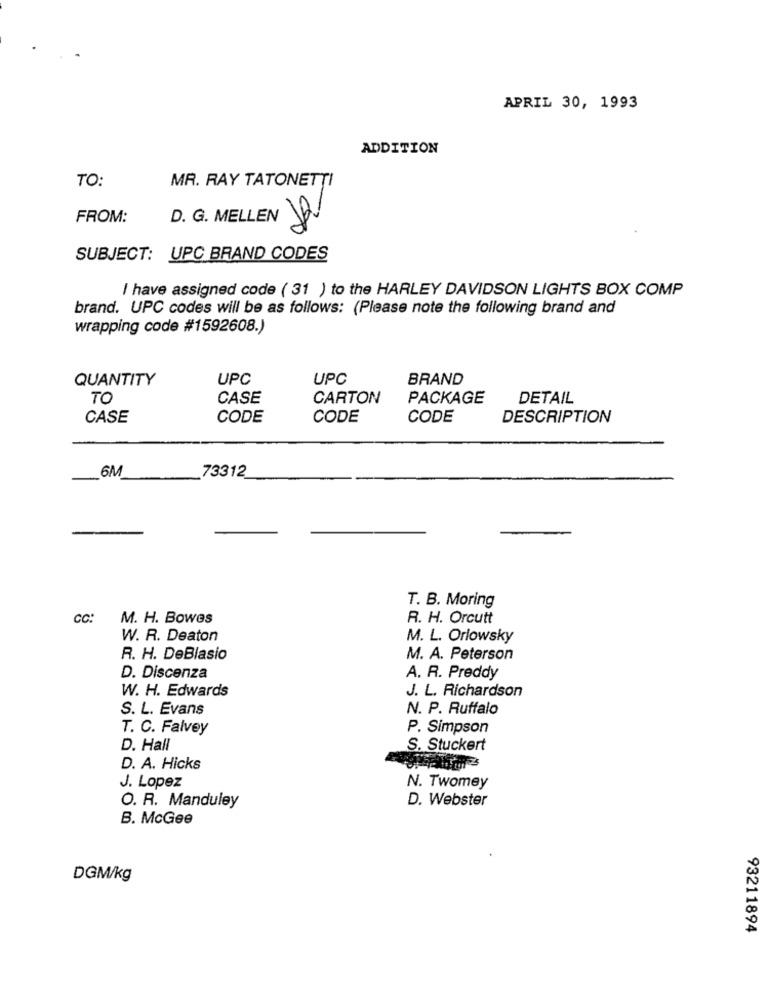
APRIL 30, 1993
ADDITION
TO:
MR. RAY TATONETTI
FROM:
D. G. MELLEN 2
SUBJECT: UPC BRAND CODES
I have assigned code ( 31 ) to the HARLEY DAVIDSON LIGHTS BOX COMP
brand. UPC codes will be as follows: (Please note the following brand and
wrapping code #1592608.)
QUANTITY
UPC
UPC
BRAND
TO
CASE
CARTON
PACKAGE
DETAIL
CASE
CODE
CODE
CODE
DESCRIPTION
_6M
73312
T. B. Moring
CC:
M. H. Bowes
R. H. Orcutt
W. R. Deaton
M. L. Orlowsky
R. H. DeBlasio
M. A. Peterson
D. Discenza
A. R. Preddy
W. H. Edwards
J. L. Richardson
S. L. Evans
N. P. Ruffalo
T. C. Falvey
P. Simpson
D. Hall
S. Stuckert
D. A. Hicks
J. Lopez
N. Twomey
O. R. Manduley
D. Webster
B. McGee
DGM/kg
93211894